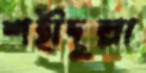
শহীদুল্লা